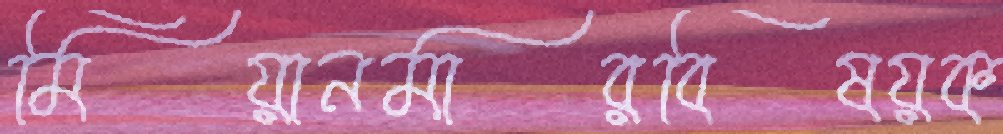
মিয়ানমারবিষয়ক